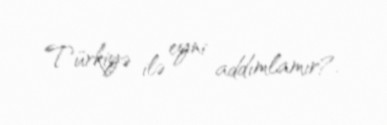
Türkiyə ilə eyni addımlamır?.